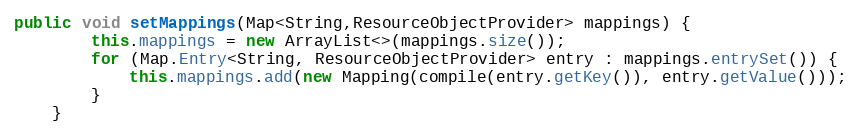
Language: Java
public void setMappings(Map<String,ResourceObjectProvider> mappings) {
		this.mappings = new ArrayList<>(mappings.size());
		for (Map.Entry<String, ResourceObjectProvider> entry : mappings.entrySet()) {
			this.mappings.add(new Mapping(compile(entry.getKey()), entry.getValue()));
		}
	}